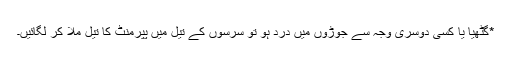
*گٹھیا یا کسی دوسری وجہ سے جوڑوں میں درد ہو تو سرسوں کے تیل میں پپرمنٹ کا تیل ملا کر لگائیں۔